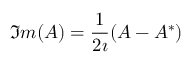
\Im m ( A ) = \frac { 1 } { 2 \imath } ( A - A ^ { * } )